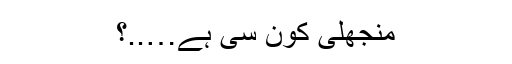
منجھلی کون سی ہے…..؟